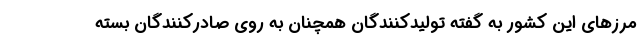
مرزهای این کشور به گفته تولیدکنندگان همچنان به‌ روی صادرکنندگان بسته